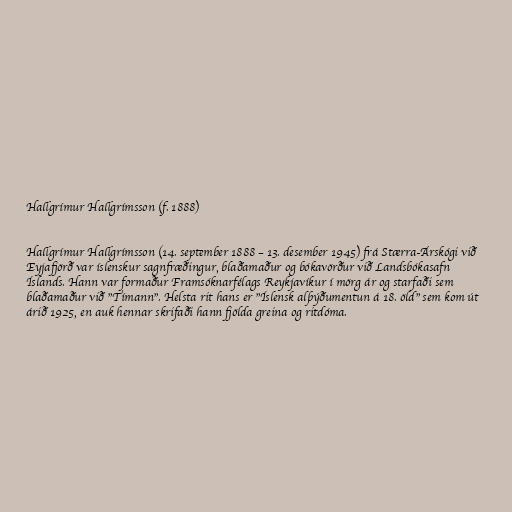
Hallgrímur Hallgrímsson (f. 1888)

Hallgrímur Hallgrímsson (14. september 1888 – 13. desember 1945) frá Stærra-Árskógi við
Eyjafjörð var íslenskur sagnfræðingur, blaðamaður og bókavörður við Landsbókasafn
Íslands. Hann var formaður Framsóknarfélags Reykjavíkur í mörg ár og starfaði sem
blaðamaður við "Tímann". Helsta rit hans er "Íslensk alþýðumentun á 18. öld" sem kom út
árið 1925, en auk hennar skrifaði hann fjölda greina og ritdóma.